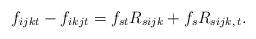
LaTeX: \begin{align*} f_{ijkt} - f_{ikjt} = f_{st}R_{sijk} + f_sR_{sijk, \,t}. \end{align*}